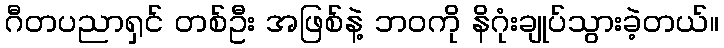
ဂီတပညာရှင် တစ်ဦး အဖြစ်နဲ့ ဘဝကို နိဂုံးချုပ်သွားခဲ့တယ်။